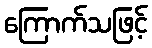
ကြောက်သဖြင့်